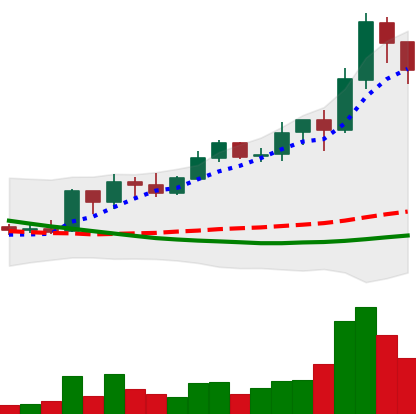
Ticker: ADA-USD
Chart end date: 2019-03-25
Forward return: 21.54%
Label: up_7plus